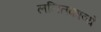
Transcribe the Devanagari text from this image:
ललितकाव्ये